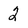
Character: 2